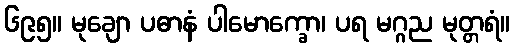
၆၉၅။ မုချော ပဓာနံ ပါမောက္ခော၊ ပရ မဂ္ဂည မုတ္တရံ။